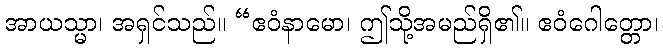
အာယသ္မာ၊ အရှင်သည်။ “ဧဝံနာမော၊ ဤသို့အမည်ရှိ၏။ ဧဝံဂေါတ္တော၊